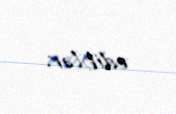
ediblər.